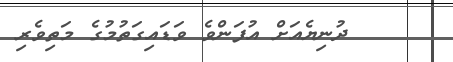
ދުނިޔެއަށް އުފަންވެ ވަޑައިގަތުމުގެ މަތިވެރި